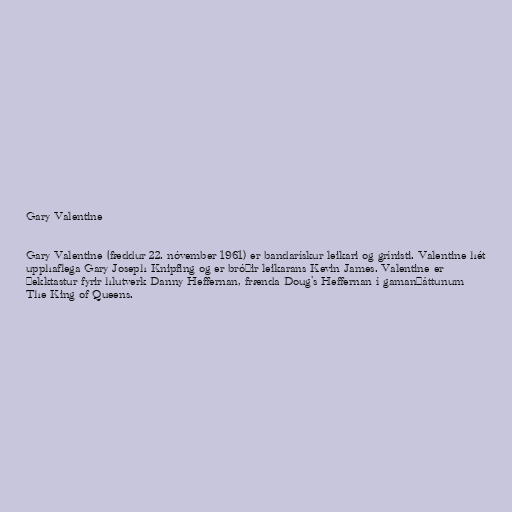
Gary Valentine

Gary Valentine (fæddur 22. nóvember 1961) er bandarískur leikari og grínisti. Valentine hét
upphaflega Gary Joseph Knipfing og er bróðir leikarans Kevin James. Valentine er
þekktastur fyrir hlutverk Danny Heffernan, frænda Doug's Heffernan í gamanþáttunum
The King of Queens.